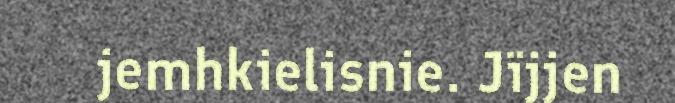
jemhkielisnie. Jïjjen